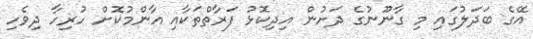
އޭގެ ބަދަލުގައި މި ގާނޫނުގެ ދަށުން އިދިކޮޅު ފަރާތްތަކާއި އާންމުކޮށް ހުރިހާ ދިވެހި